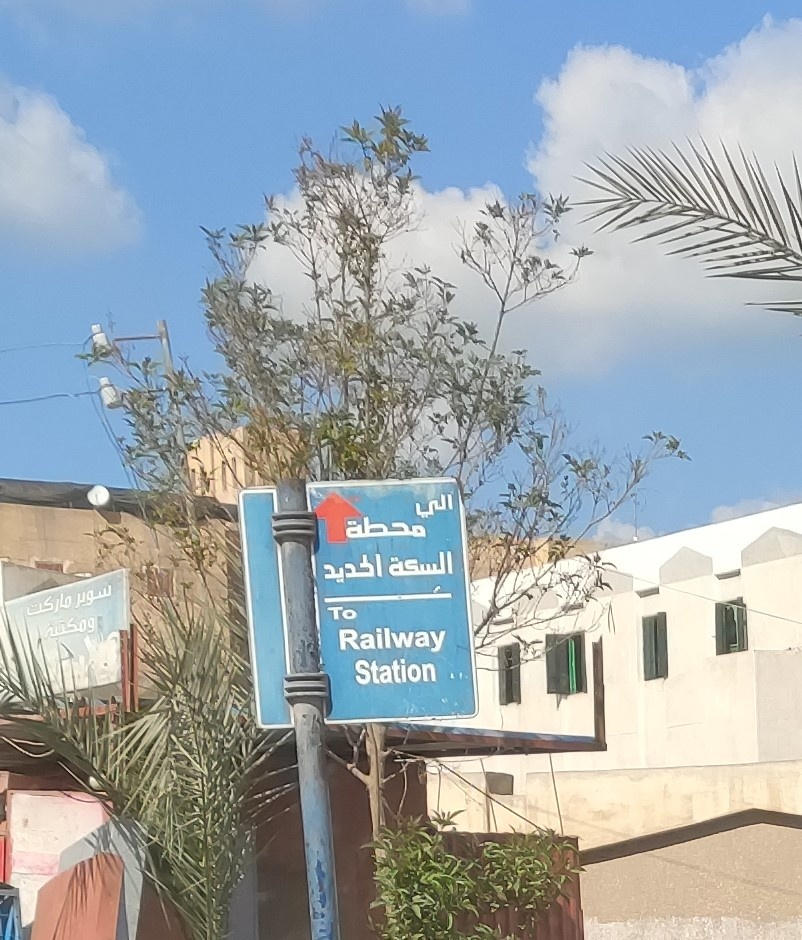
Text in image: الي محطة السكة الحديد سوبر ماركت ومكتبة To Railway Station